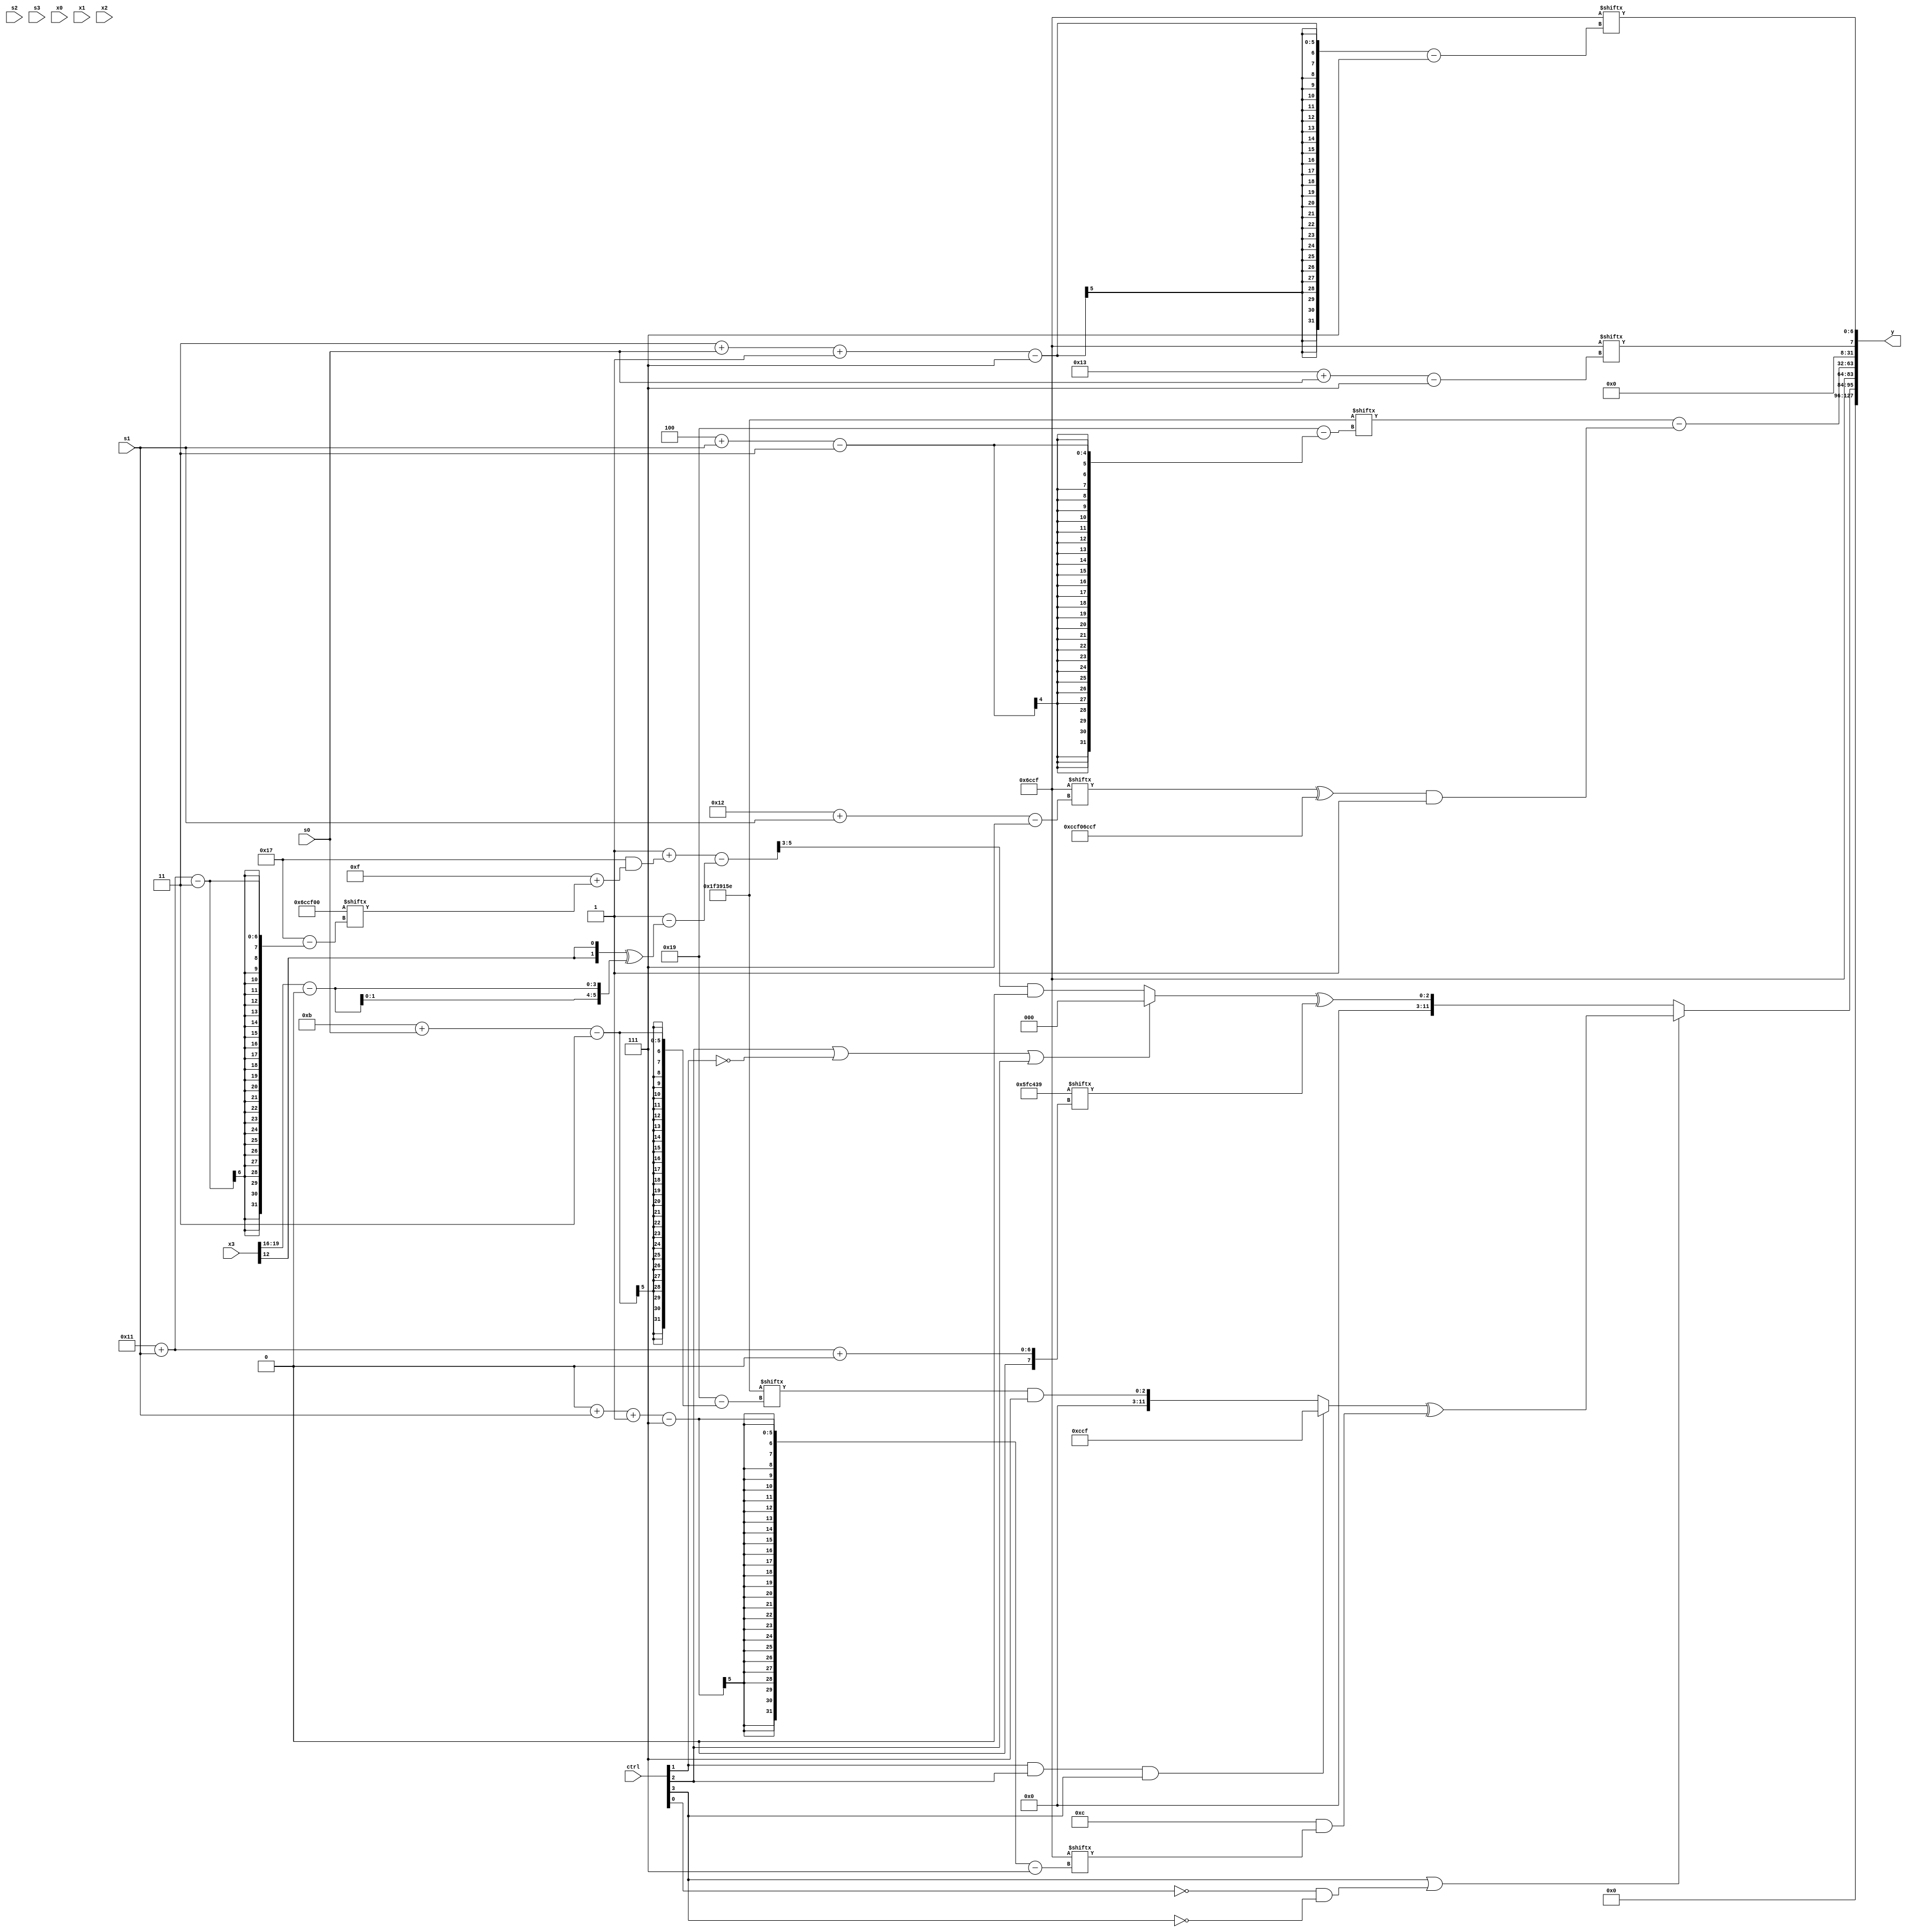
module partsel_00327(ctrl, s0, s1, s2, s3, x0, x1, x2, x3, y);
  input [3:0] ctrl;
  input [2:0] s0;
  input [2:0] s1;
  input [2:0] s2;
  input [2:0] s3;
  input [31:0] x0;
  input [31:0] x1;
  input [31:0] x2;
  input signed [31:0] x3;
  wire signed [28:2] x4;
  wire signed [6:29] x5;
  wire [26:3] x6;
  wire [25:6] x7;
  wire signed [4:29] x8;
  wire [24:3] x9;
  wire signed [3:26] x10;
  wire signed [24:0] x11;
  wire [6:31] x12;
  wire signed [28:0] x13;
  wire [3:26] x14;
  wire [7:29] x15;
  output [127:0] y;
  wire signed [31:0] y0;
  wire [31:0] y1;
  wire signed [31:0] y2;
  wire [31:0] y3;
  assign y = {y0,y1,y2,y3};
  localparam signed [3:28] p0 = 569610590;
  localparam [26:7] p1 = 224423119;
  localparam [27:0] p2 = 6276153;
  localparam signed [31:2] p3 = 338731131;
  assign x4 = x3[5 + s2];
  assign x5 = (x0[19 + s1] | (!ctrl[2] || !ctrl[3] && !ctrl[2] ? (x4[9] ^ {2{(ctrl[1] && ctrl[3] || !ctrl[0] ? x1 : x0[9])}}) : ({p0[29 + s1 -: 1], x2[19]} - {2{p1[29 + s2 -: 8]}})));
  assign x6 = (((p1[12 -: 2] - x5) & p0) ^ x0[8 +: 3]);
  assign x7 = x1[18 -: 2];
  assign x8 = (p0[21 + s2 -: 2] ^ {2{(ctrl[1] && !ctrl[2] || !ctrl[0] ? p1[3 + s3 -: 1] : x5[21 -: 2])}});
  assign x9 = x7[16 +: 3];
  assign x10 = {2{{p1, {2{x7[9 +: 4]}}}}};
  assign x11 = (p0[19 +: 2] | x4);
  assign x12 = ({2{((p3 - x0[23 + s0 +: 4]) | {p2[9 +: 2], x7[1 + s1 +: 8]})}} ^ p2[16 -: 2]);
  assign x13 = {2{(p1[12 + s3] | p2[14 -: 2])}};
  assign x14 = ({2{(((p1[13 +: 1] | p2[8 +: 4]) & (x9 + p1[13 +: 3])) + ((p0 + p2) & ((x8[15 -: 2] + p1) + x10[17 + s1])))}} - (p2[10] - ({2{x3[12]}} ^ {2{(x3[19 -: 4] - x7[18 -: 2])}})));
  assign x15 = (ctrl[2] && !ctrl[0] || ctrl[3] ? (p1[17 + s0 +: 8] - {2{p1[9 + s1 +: 7]}}) : (p3[26 + s0 -: 7] ^ ((!ctrl[3] || ctrl[1] || ctrl[1] ? (p3[1 + s0 -: 6] ^ x3[14 + s0 -: 3]) : (ctrl[3] || !ctrl[1] || ctrl[3] ? p2[14 + s2] : x13)) ^ (ctrl[0] && !ctrl[3] && !ctrl[2] ? (p2[5 + s0 -: 7] - x1[10 + s1 -: 4]) : p3))));
  assign y0 = {2{x8[13 +: 2]}};
  assign y1 = {2{{(ctrl[3] || !ctrl[0] && !ctrl[3] ? ((ctrl[1] && ctrl[2] && ctrl[3] ? p1 : (p0[11 + s0] & p0[10 +: 4])) ^ (p1[18 -: 4] & p1[0 + s1 -: 7])) : ((ctrl[2] || !ctrl[1] || ctrl[2] ? p2[12 +: 2] : (x14[23 -: 3] & x10[23 -: 4])) ^ p2[17 + s1 +: 2])), p1}}};
  assign y2 = (p0[4 + s1] - ((p1[18 + s1] ^ {2{p1}}) & x10[16 -: 1]));
  assign y3 = {p1[19 + s0], p1[3 + s0 -: 7]};
endmodule